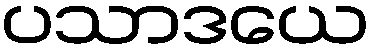
ပသာဒယေ